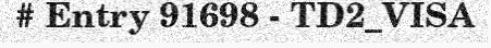
# Entry 91698 - TD2_VISA